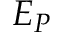
E _ { P }